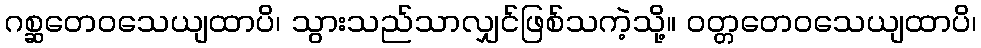
ဂစ္ဆတေဝသေယျထာပိ၊ သွားသည်သာလျှင်ဖြစ်သကဲ့သို့။ ဝတ္တတေဝသေယျထာပိ၊